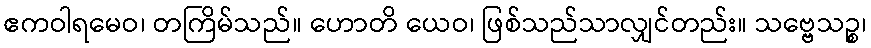
ဧကဝါရမေဝ၊ တကြိမ်သည်။ ဟောတိ ယေဝ၊ ဖြစ်သည်သာလျှင်တည်း။ သဗ္ဗေသဉ္စ၊